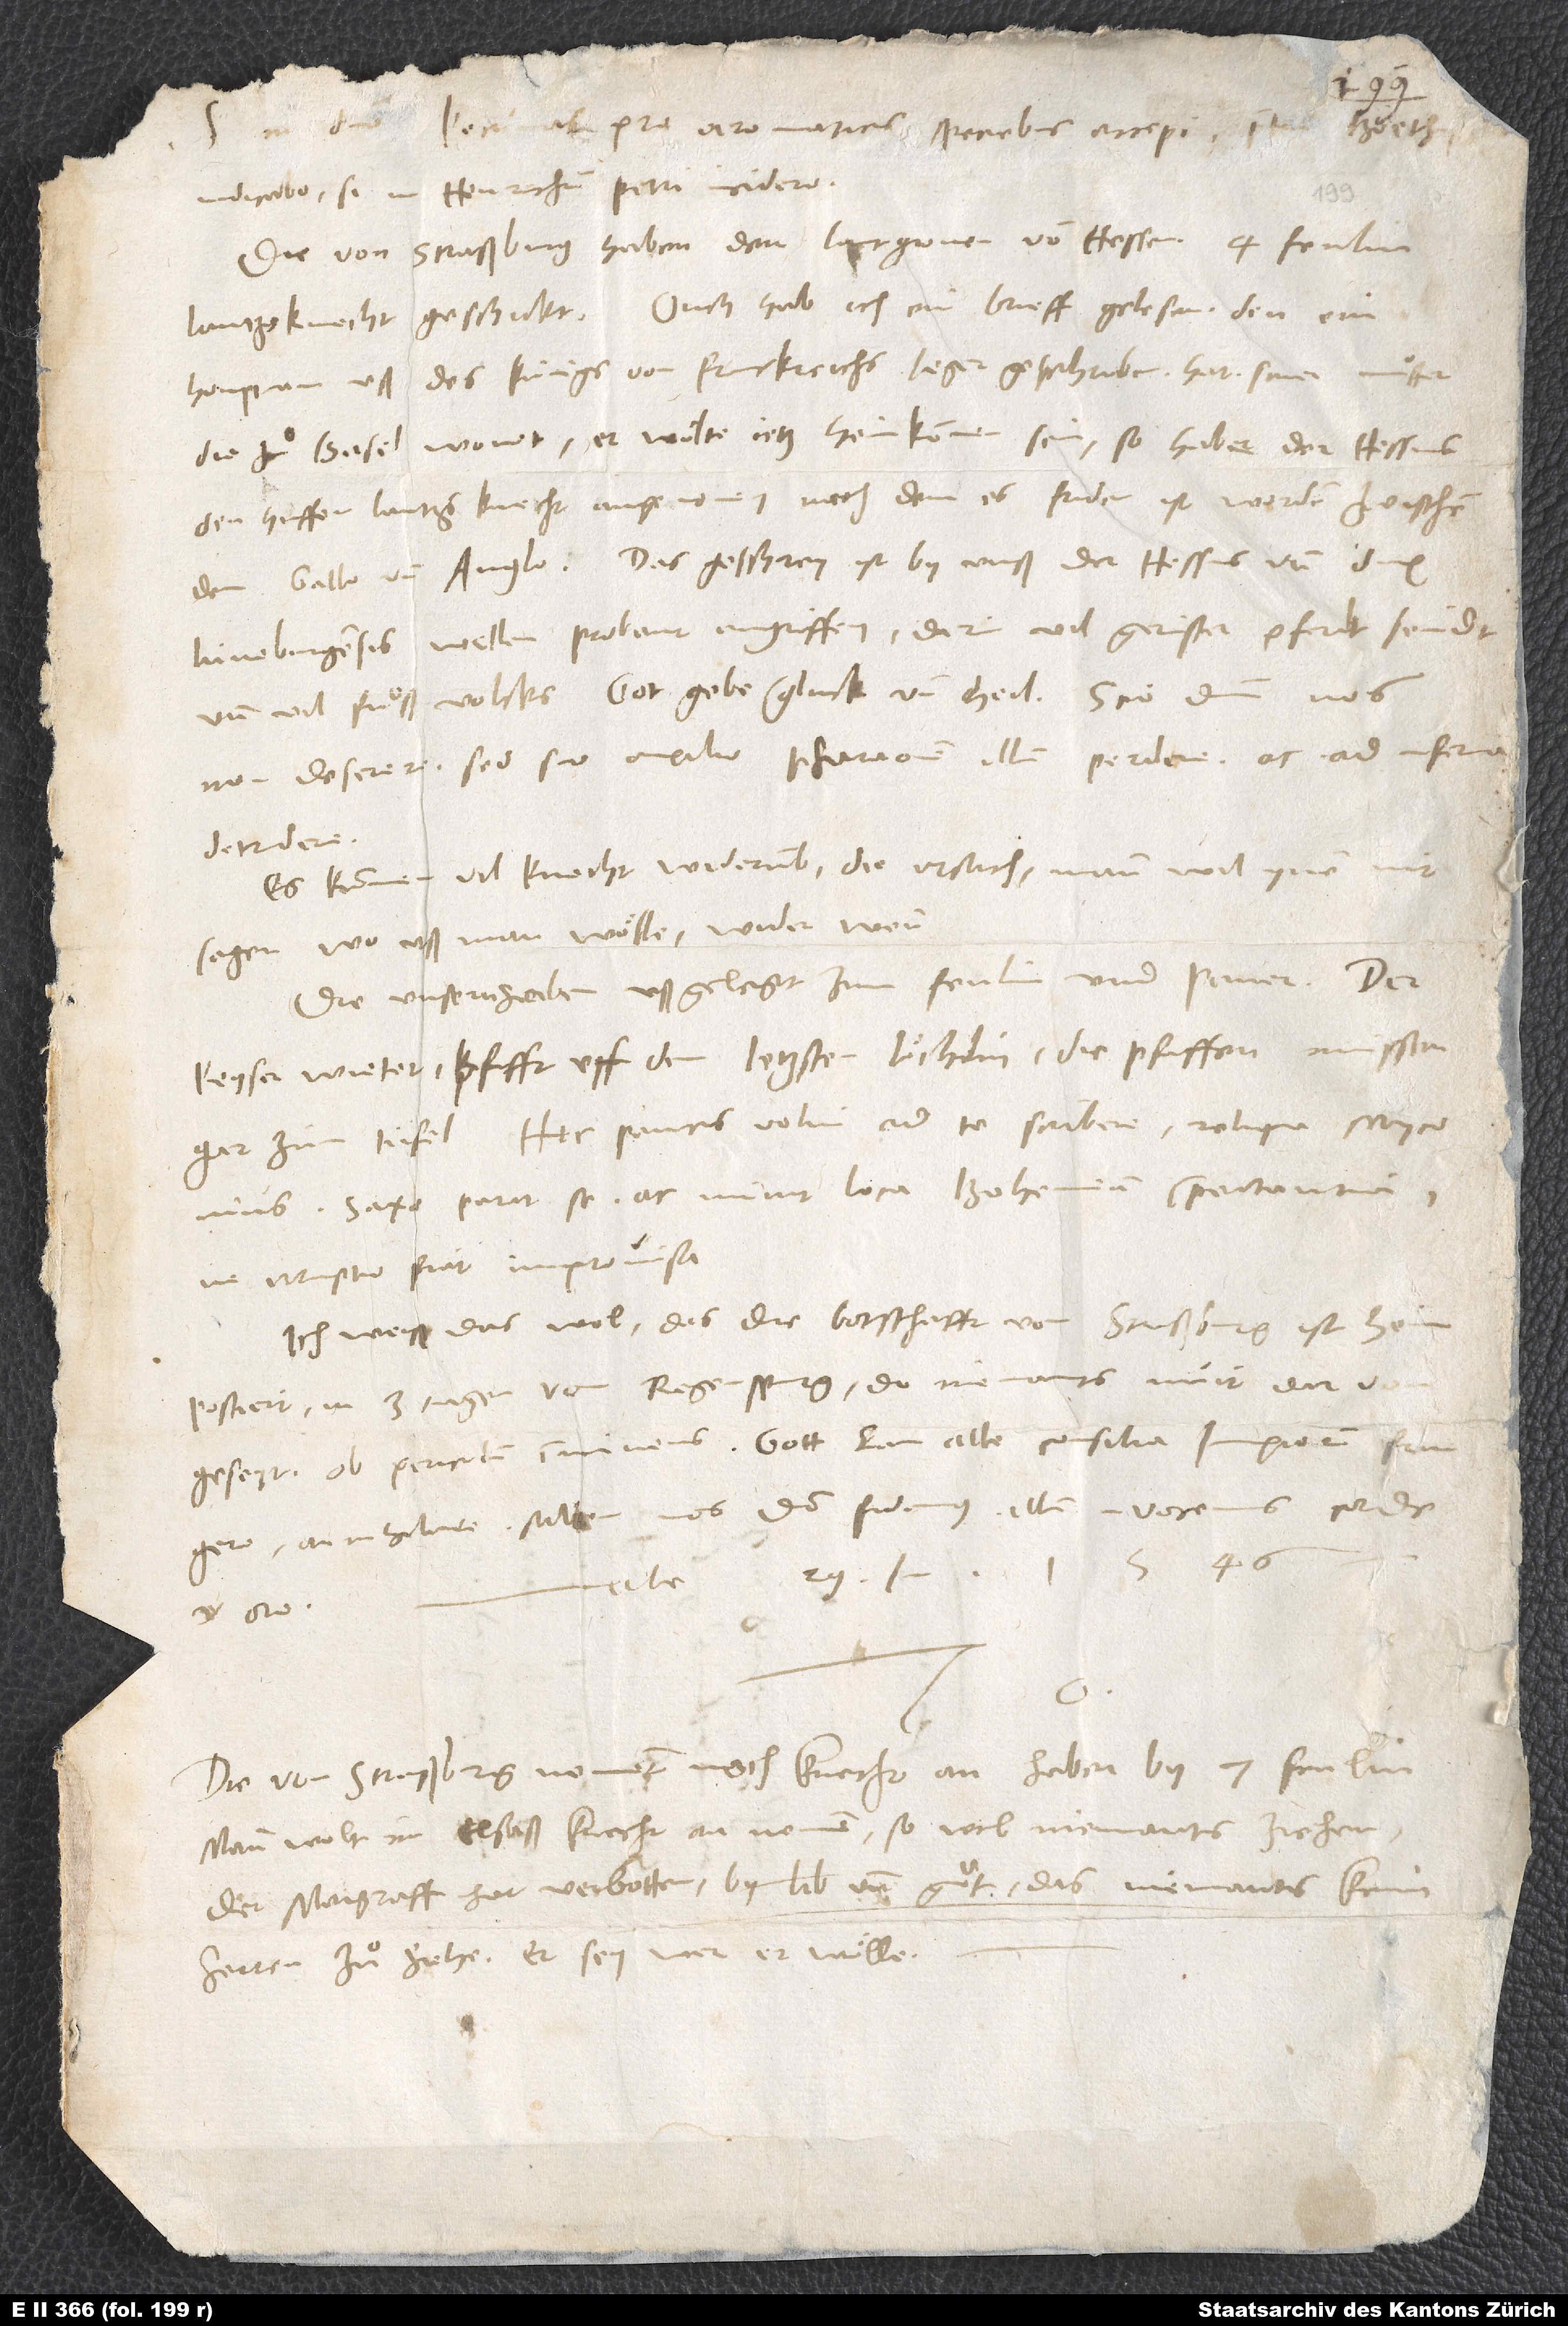
Pecunias pro aromaticis speciebus accepi. Pretium Boethii
indicabo, si m. Henrichum Petri videro.
Die von Straßburg haben dem lantgroven von Hessen 4 fenlin
houptman uß des kunigs von Franckreichs leger geschriben hat siner muͦtter,
die zuͦ Basel wonet, er woͤlte jetz heimkommen sein. So hab er, der Hessus,
den huffen lantzsknecht angenomen, nachdem es friden ist worden zwischen
Lüneburgensis wellen Probant angriffen, darin vil gerüster pferdt seindt
und vil fuͦßvolcks. Got gebe gluck und heil! Scio dominum nos
non deserere, sed suo auxilio Pharaonem illum perdere ac ad inferna
detrudere.
Es kummen vil knecht widerumb. Die ursach, mann wil ynen nit
sagen, wo uß man woͤlle, wider wenn.
Die unsern haben ußgelegt zum fenlin und paner. Der
keyser wietet, pfifft uff dem letzsten löchlin. Die pfaffen müssen
Hęc paucis volui ad te scribere; reliqua Myconius.
Saxo parat se ac munit loca Bohemiam spectantia,
ne irruptio fiat improvisa.
Ich weiß das wol, das die botschafft von Straßburg ist heimpostiert
tagen von Regenspurg, do niemants nuit darvon
geseyt, ob periculum imminens. Gott kan alle consilia impiorum frangere,
annihilare, saltem nos domino fidamus, illum invocemus corde
1546.
S.
et ore.
Die von Straßburg nement noch knecht an. Haben by 7 fenlin.
Mann wolt im Elsaß knecht annemen, so wil niemants ziehen.
Der margraff hat verbotten by lib und guͦt, das niemants keim
herren zuͦziehe, er sey, wer er woͤlle.